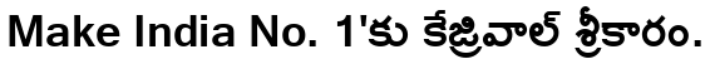
Make India No. 1'కు కేజ్రివాల్ శ్రీకారం.